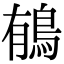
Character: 䳑